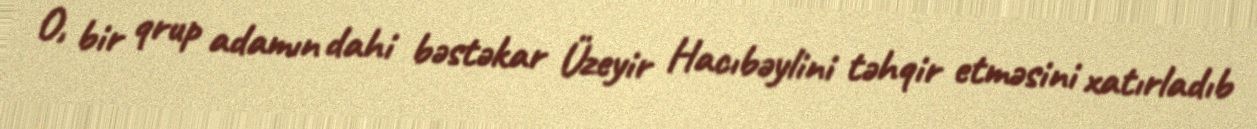
O, bir qrup adamın dahi bəstəkar Üzeyir Hacıbəylini təhqir etməsini xatırladıb